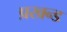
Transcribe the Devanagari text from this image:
प्रखन्ड